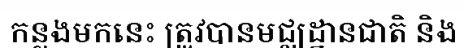
កន្លងមកនេះ ត្រូវបានមជ្ឈដ្ឋានជាតិ និង